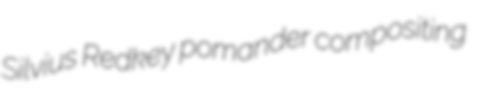
Silvius Redkey pomander compositing